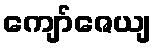
ကျော်ဇေယျ